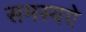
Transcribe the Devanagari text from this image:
समस्यऐ